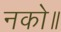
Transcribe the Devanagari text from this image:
नको॥